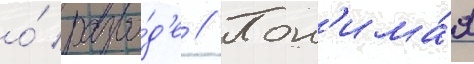
о́ разво́д'е // Пон'има́я